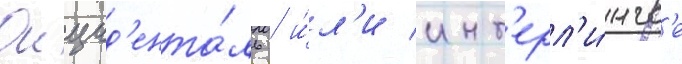
Окцид'ента́ль / и́л'и инт'ерл'и́нгв'е